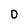
Character: 0